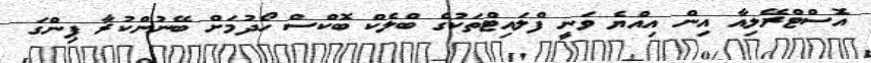
އޮސްޓްރޭލިއާ އިން އިއްޔެ ވަނީ ފްލައިޓްތަކުގެ ބްލެކް ބޮކްސް ހޯދުމަށް ބޭނުންކުރާ ޕިންގަ